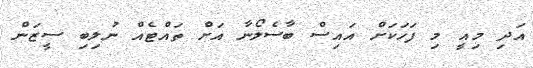
އަދި މިއީ މި ފަހަކަށް އައިސް ބާސެލޯނާ އަށް ތައްޓެއް ނުލިބި ސީޒަން